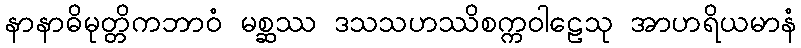
နာနာဓိမုတ္တိကဘာဝံ မစ္ဆဿ ဒသသဟဿိစက္ကဝါဠေသု အာဟရိယမာနံ